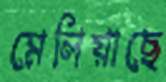
মেলিয়াছে